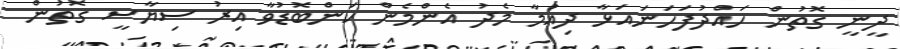
ދީނީ ގޮތުން ހައްދުފަހަނައަޅާ ދިއުމާ މެދު އެންމެން ކަންބޮޑުވާ އިރު ސިޔާސީ ގޮތުން